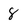
Character: 8